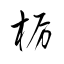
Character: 栃